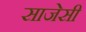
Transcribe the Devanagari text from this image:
साजेसी